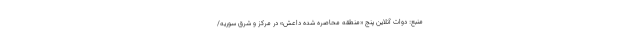
منبع: دوات آنلاین پنج «منطقه محاصره شده داعش» در مرکز و شرق سوریه/